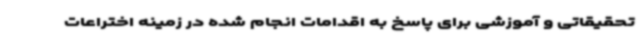
تحقیقاتی و آموزشی برای پاسخ به اقدامات انجام شده در زمینه اختراعات